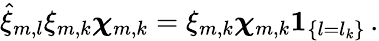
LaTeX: \hat{\xi}_{m,l}\xi_{m,k}{\boldsymbol{\chi}}_{m,k}=\xi_{m,k}{\boldsymbol{\chi}}_{m,k}{\mathbf{1}}_{\{ l=l_{k}\} }\, .